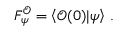
F _ { \psi } ^ { \mathcal { O } } = \left\langle \mathcal { O } ( 0 ) | \psi \right\rangle \, .